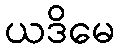
ယဒိမေ